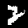
Label: 2